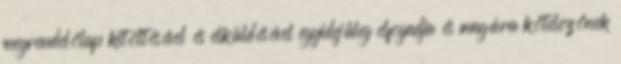
megrendelőlap kitöltésével és elküldésével egyidejűleg elfogadja és magára kötelezőnek